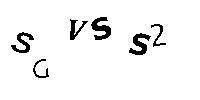
SGVSS2